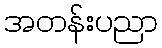
အတန်းပညာ